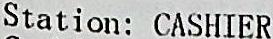
STATION: CASHIER